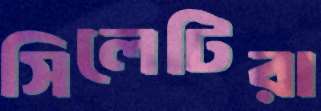
সিলেটিরা